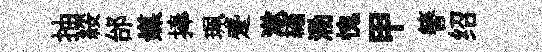
抽綏邰媒捧珮蹙漱繡泐愧甲簮绍